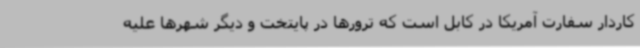
کاردار سفارت آمریکا در کابل است که ترورها در پایتخت و دیگر شهرها علیه